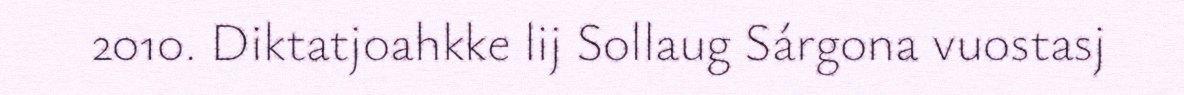
2010. Diktatjoahkke lij Sollaug Sárgona vuostasj